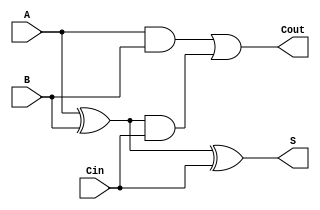
module fullAdder (
	input A,
	input B,
	input Cin,
	output S,
	output Cout
);

wire AxB;
assign AxB = A ^ B;

wire AxBaCin;
assign AxBaCin = (A ^ B) & Cin;

wire AaB;
assign AaB = A & B;

assign Cout = AaB | AxBaCin;
assign S = AxB ^ Cin;

endmodule